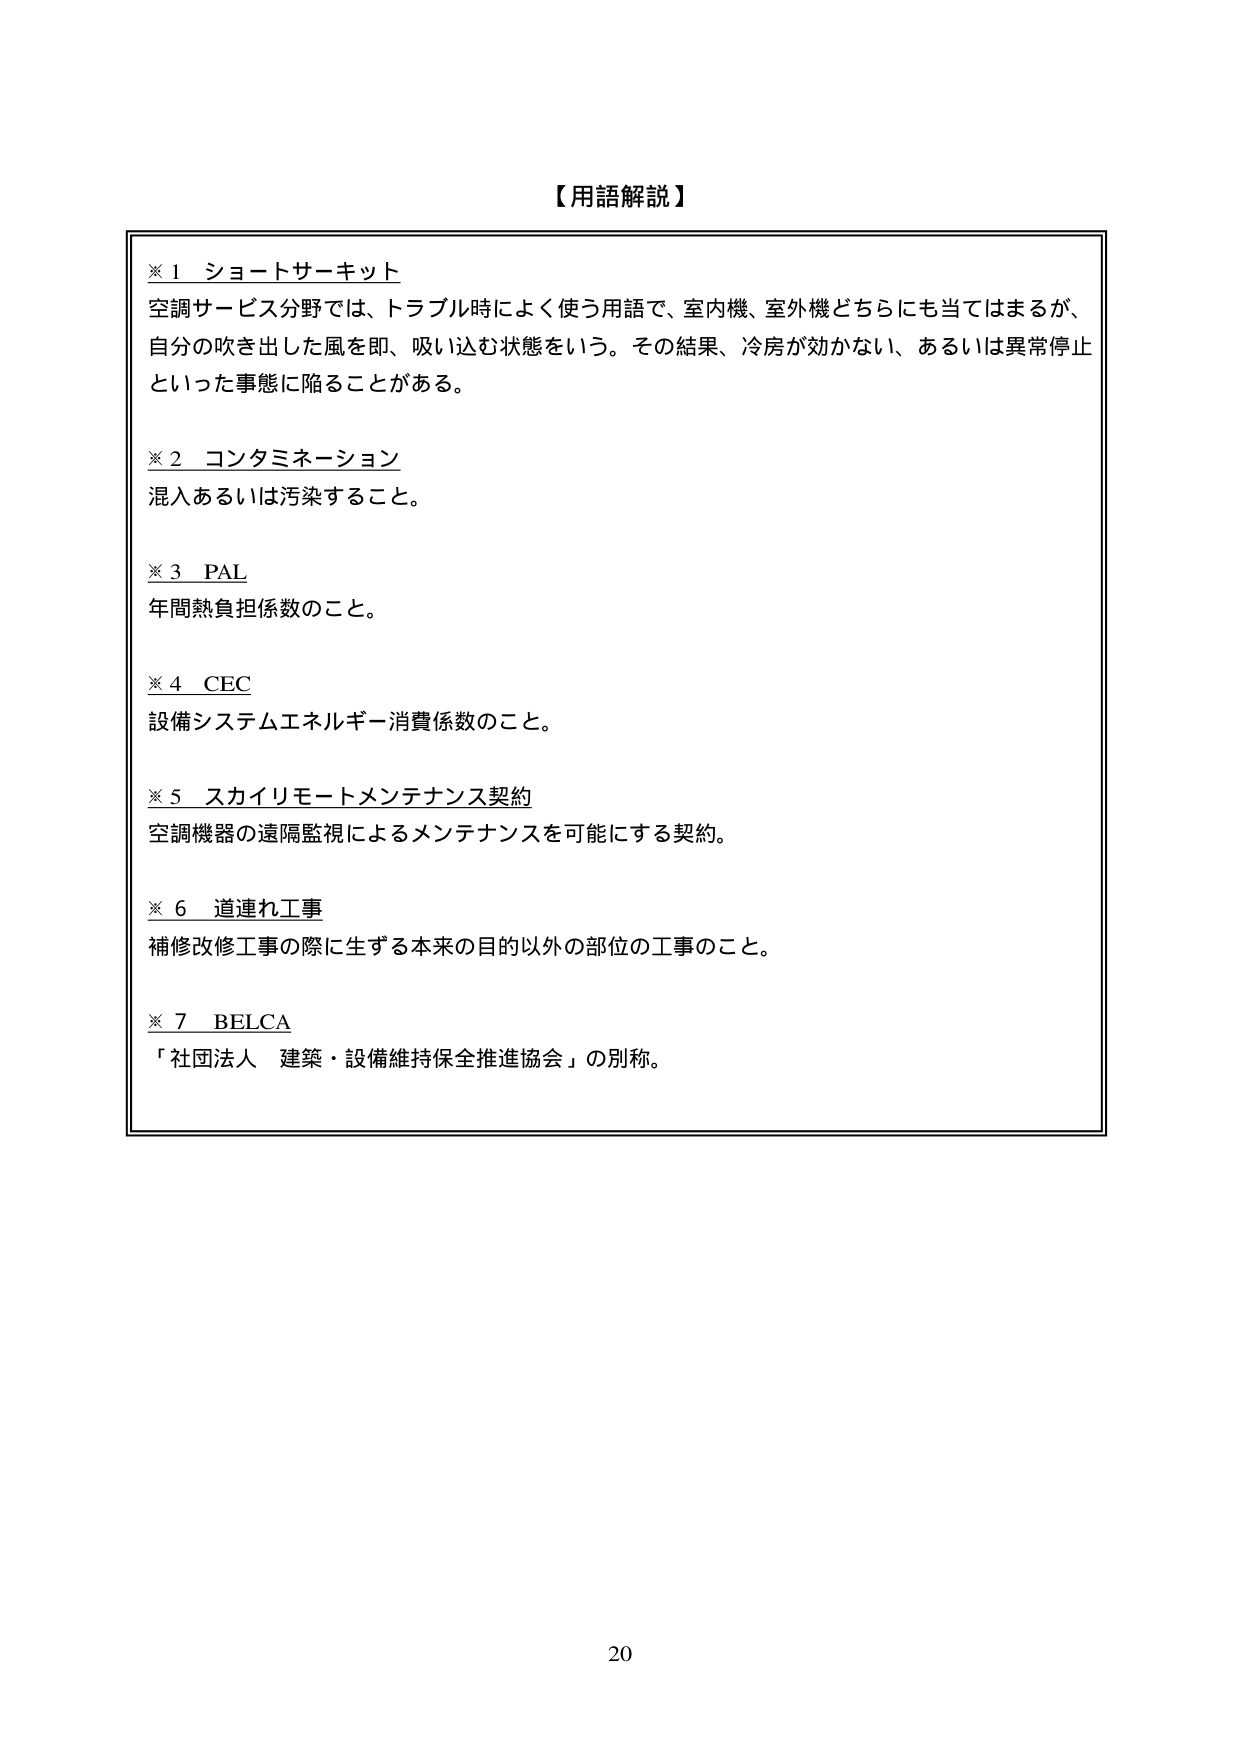
【用語解説】

※１ ショートサーキット
空調サービス分野では、トラブル時によく使う用語で、室内機、室外機どちらにも当てはまるが、
自分の吹き出した風を即、吸い込む状態をいう。その結果、冷房が効かない、あるいは異常停止
といった事態に陥ることがある。

※２ コンタミネーション
混入あるいは汚染すること。

※３ PAL
年間熱負担係数のこと。

※４ CEC
設備システムエネルギー消費係数のこと。

※５ スカイリモートメンテナンス契約
空調機器の遠隔監視によるメンテナンスを可能にする契約。

※６ 道連れ工事
補修改修工事の際に生ずる本来の目的以外の部位の工事のこと。

※７ BELCA
「社団法人 建築・設備維持保全推進協会」の別称。

20